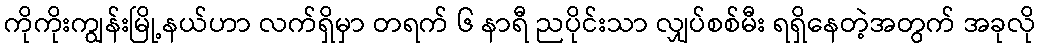
ကိုကိုးကျွန်းမြို့နယ်ဟာ လက်ရှိမှာ တရက် ၆ နာရီ ညပိုင်းသာ လျှပ်စစ်မီး ရရှိနေတဲ့အတွက် အခုလို